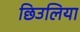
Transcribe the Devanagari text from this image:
छिउलिया